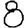
Digit: 8